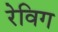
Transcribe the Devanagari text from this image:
रेविग